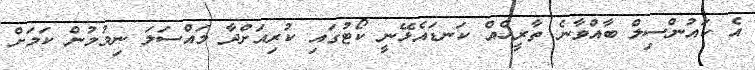
އެ ކައުންސިލް ބާއްވާނެ ތާރީހެއް ކަނޑައެޅޭނީ ކޯޓުގައި ކުރިއަށްދާ މައްސަލަ ނިމުމުން ކަމަށް